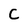
Character: C